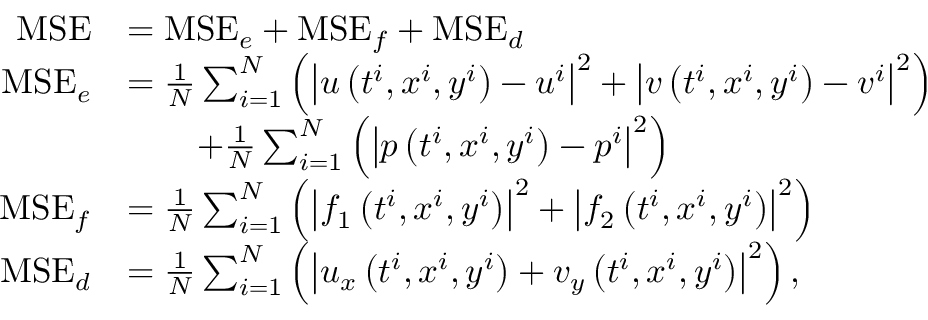
\begin{array} { r l } { \mathrm { M S E } } & { = \mathrm { M S E } _ { e } + \mathrm { M S E } _ { f } + \mathrm { M S E } _ { d } } \\ { \mathrm { M S E } _ { e } } & { = \frac { 1 } { N } \sum _ { i = 1 } ^ { N } \left( \left| u \left( t ^ { i } , x ^ { i } , y ^ { i } \right) - u ^ { i } \right| ^ { 2 } + \left| v \left( t ^ { i } , x ^ { i } , y ^ { i } \right) - v ^ { i } \right| ^ { 2 } \right) } \\ & { \qquad + \frac { 1 } { N } \sum _ { i = 1 } ^ { N } \left( \left| p \left( t ^ { i } , x ^ { i } , y ^ { i } \right) - p ^ { i } \right| ^ { 2 } \right) } \\ { \mathrm { M S E } _ { f } } & { = \frac { 1 } { N } \sum _ { i = 1 } ^ { N } \left( \left| f _ { 1 } \left( t ^ { i } , x ^ { i } , y ^ { i } \right) \right| ^ { 2 } + \left| f _ { 2 } \left( t ^ { i } , x ^ { i } , y ^ { i } \right) \right| ^ { 2 } \right) } \\ { \mathrm { M S E } _ { d } } & { = \frac { 1 } { N } \sum _ { i = 1 } ^ { N } \left( \left| u _ { x } \left( t ^ { i } , x ^ { i } , y ^ { i } \right) + v _ { y } \left( t ^ { i } , x ^ { i } , y ^ { i } \right) \right| ^ { 2 } \right) , } \end{array}